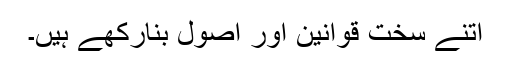
اتنے سخت قوانین اور اصول بنارکھے ہیں۔